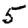
Digit: 5